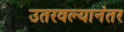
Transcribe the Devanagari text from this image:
उतरवल्यानंतर